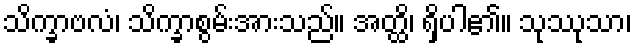
သိက္ခာဗလံ၊ သိက္ခာစွမ်းအားသည်။ အတ္ထိ၊ ရှိပါ၏။ သုဿုသာ၊